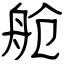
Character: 舱